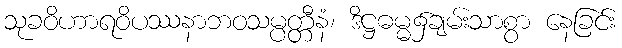
သုခဝိဟာရဝိပဿနာဘဝသမ္ပတ္တီနံ၊ ဒိဋ္ဌဓမ္မ၌ချမ်းသာစွာ နေခြင်း